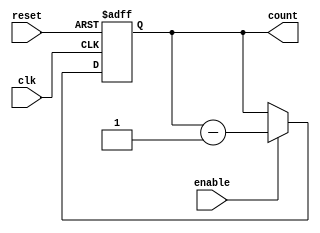
module Binary_Down_Counter_with_Enable(
  input wire clk,
  input wire enable,
  input wire reset,
  output reg [3:0] count
);

  always @(posedge clk or posedge reset) begin
    if (reset) begin
      count <= 4'b1111;
    end else if (enable) begin
      count <= count - 1;
    end
  end

endmodule